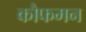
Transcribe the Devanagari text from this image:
कौफमन